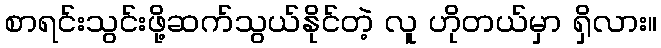
စာရင်းသွင်းဖို့ဆက်သွယ်နိုင်တဲ့ လူ ဟိုတယ်မှာ ရှိလား။